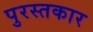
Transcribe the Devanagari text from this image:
पुरस्तकार